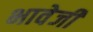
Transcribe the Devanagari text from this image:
भावेजी